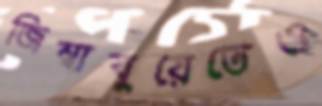
জিম্বাবুয়েতেও